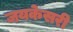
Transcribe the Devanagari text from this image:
जयकेसरी